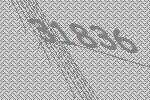
31836